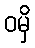
ဝမှိ